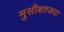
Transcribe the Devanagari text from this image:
मुसीबतजदा